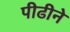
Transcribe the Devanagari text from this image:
पीढीने